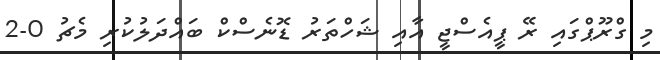
މި ގްރޫޕްގައި ރޭ ޕީއެސްޖީ އާއި ޝަހްތަރު ޑޮނެސްކް ބައްދަލުކުރި މެޗު 0-2